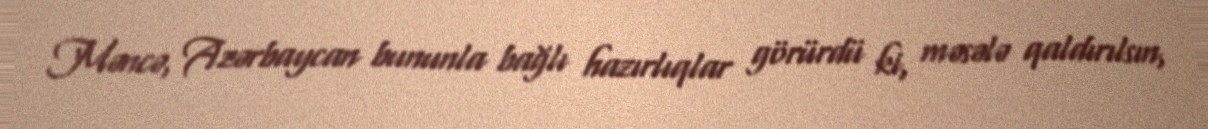
Məncə, Azərbaycan bununla bağlı hazırlıqlar görürdü ki, məsələ qaldırılsın,